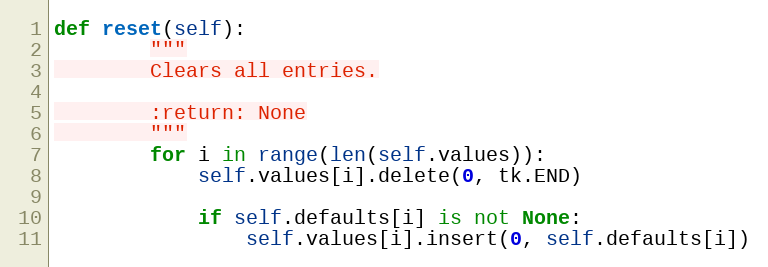
Language: Python
def reset(self):
        """
        Clears all entries.

        :return: None
        """
        for i in range(len(self.values)):
            self.values[i].delete(0, tk.END)

            if self.defaults[i] is not None:
                self.values[i].insert(0, self.defaults[i])